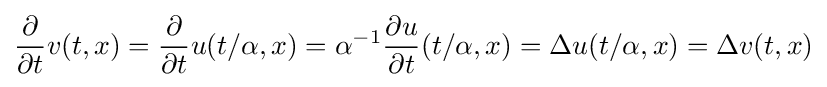
{\frac {\partial }{\partial t}}v(t,x)={\frac {\partial }{\partial t}}u(t/\alpha ,x)=\alpha ^{-1}{\frac {\partial u}{\partial t}}(t/\alpha ,x)=\Delta u(t/\alpha ,x)=\Delta v(t,x)